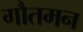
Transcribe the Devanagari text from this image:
गौतमन